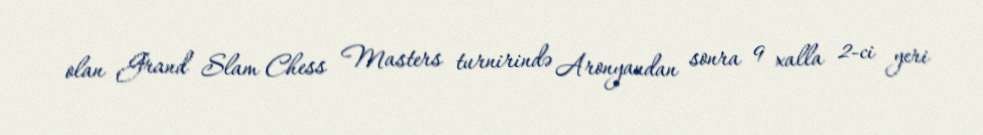
olan Grand Slam Chess Masters turnirində Aronyandan sonra 9 xalla 2-ci yeri